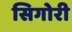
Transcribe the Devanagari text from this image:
सिगोरी